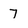
Character: 7